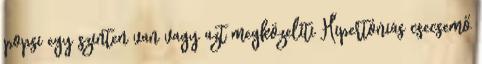
popsi egy szinten van vagy azt megközelíti Hipertóniás csecsemő